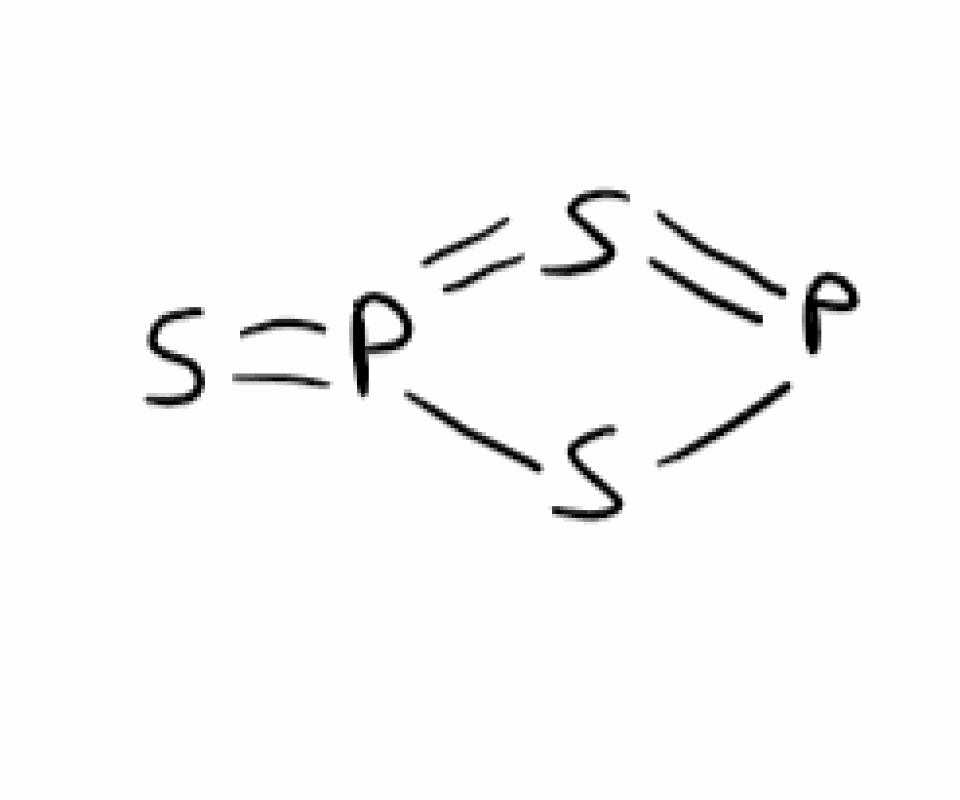
Simplified molecular-input line-entry system (SMILES) notation of the given molecule:
P1=S=P(=S)S1